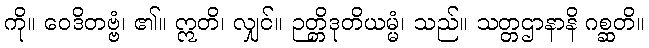
ကို။ ဝေဒိတဗ္ဗံ၊ ၏။ ဣတိ၊ လျှင်။ ဉတ္တိဒုတိယမ္မံ၊ သည်။ သတ္တဌာနာနိ ဂစ္ဆတိ။